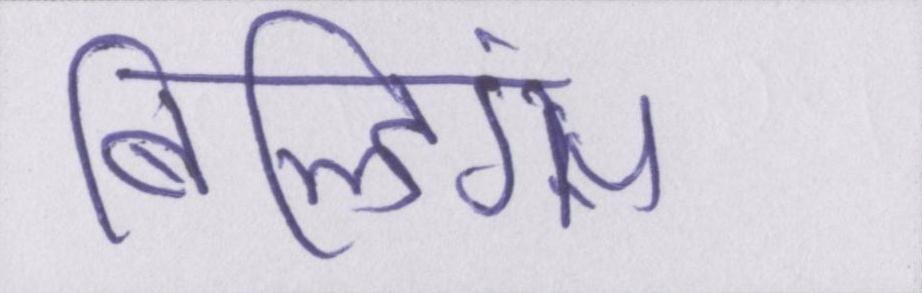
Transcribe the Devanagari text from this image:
बिल्डिंग्स